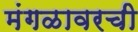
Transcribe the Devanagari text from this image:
मंगळावरची